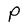
Character: P